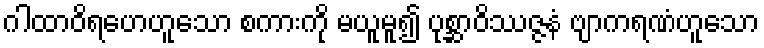
ဂါထာဝိရဟေဟူသော စကားကို မယူမူ၍ ပုစ္ဆာဝိဿဇ္ဇနံ ဗျာကရဏံဟူသော